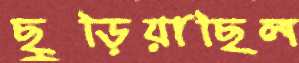
ছুড়িয়াছিল